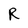
Character: R